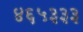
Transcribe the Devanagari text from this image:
४६५३३३